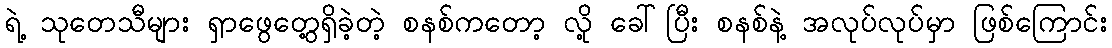
ရဲ့ သုတေသီများ ရှာဖွေတွေ့ရှိခဲ့တဲ့ စနစ်ကတော့ လို့ ခေါ်ပြီး စနစ်နဲ့ အလုပ်လုပ်မှာ ဖြစ်ကြောင်း